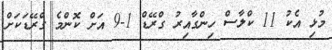
މުޅި އެކު 11 ކްލާސް ހިންގާއިރު ގްރޭޑް 1-9 އަށް ކޮންމެ ގްރޭޑަކަށް